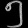
Digit: ၅